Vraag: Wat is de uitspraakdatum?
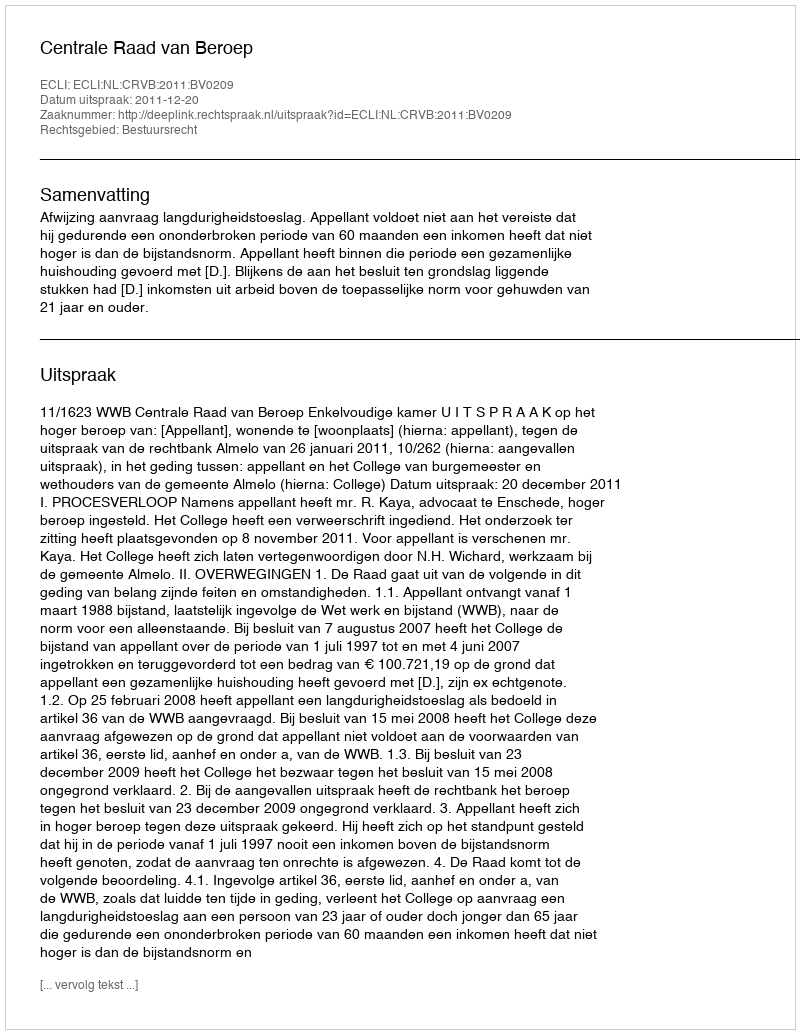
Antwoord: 2011-12-20